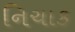
નિચાક